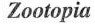
Zootopia